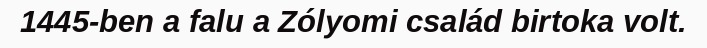
1445-ben a falu a Zólyomi család birtoka volt.